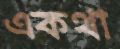
একথা